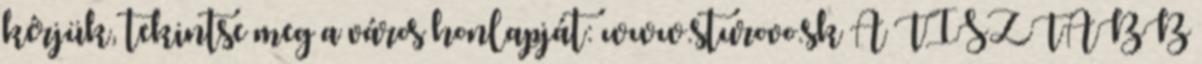
kérjük, tekintse meg a város honlapját: www.sturovo.sk A TISZTÁBB